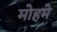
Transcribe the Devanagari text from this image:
मोहमे